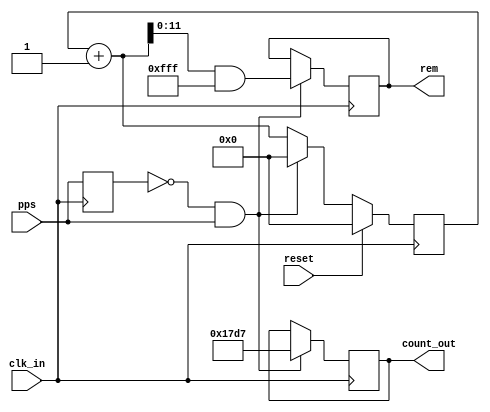
`define SYS_CLK     25000000                        // 25MHz
`define CLK_OUT     4096                            // 4096Hz = 2^12

// Counter that counts up indefinitely and is reset every 1 second by the 1PPS from the GPS

module Sampler #(
    parameter CLK_OUT_FREQ = 4096, 		// Frequency of desired output
    parameter SYS_CLK_FREQ = 25_000_000	// Frequency of input clock (used in calculations)
	)(
    input 			clk_in		,
    input 			pps			,
    input 			reset		,
    output [31:0] 	count_out	,
    output [11:0] 	rem
    );
    
    reg [31:0] count;
    reg [31:0] data;
    reg [31:0] latched_data;	// Most recent count
	reg [11:0] remainder;
    reg prev_sample;
    reg curr_sample;
    
    assign count_out 	= latched_data;
    assign rem 			= remainder;
	
    always @(posedge clk_in) begin
        count = count + 1;
        // Detect rising edge of PPS
        prev_sample = curr_sample;
        curr_sample = pps;
        if ((prev_sample == 0) && (curr_sample == 1)) begin
			data = SYS_CLK_FREQ >> 12;
			remainder  = count & 'h0000_0FFF;
			
            latched_data = data;
            count = 0;
        end
        if (reset) begin
            count <= 0;
        end
    end
endmodule